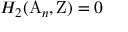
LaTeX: H _ { 2 } ( \mathrm { A } _ { n } , \mathrm { Z } ) = 0